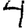
Digit: 4